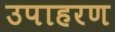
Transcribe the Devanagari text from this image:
उपाहरण